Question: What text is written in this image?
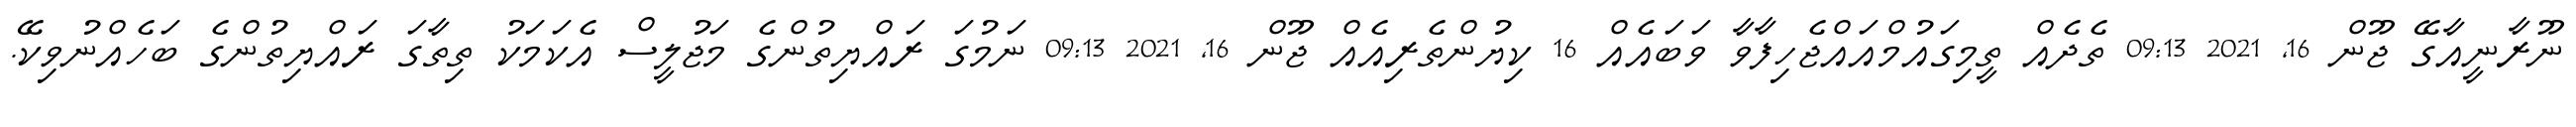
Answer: ނޫރާނީއާގޭ ޖޫން 16, 2021 09:13 ތެދެއް ތީމިގައުމްއައްޖެހިފާވާ ވަބައެއް 16 ކިޔުންތެރިއެއް ޖޫން 16, 2021 09:13 ނަމުގަ ރައްޔިތުންގެ މަޖުލީސް އެކަމަކު ތިތާގަ ރައްޔިތުންގެ ބަހެއްނުވިކޭ.